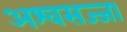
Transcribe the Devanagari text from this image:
अश्वसज्जा